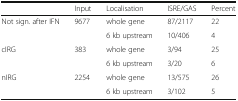
<table><thead><tr><td></td><td><b>Input</b></td><td><b>Localisation</b></td><td><b>ISRE/GAS</b></td><td><b>Percent</b></td></tr></thead><tbody><tr><td rowspan="2">Not sign. after IFN</td><td rowspan="2">9677</td><td>whole gene</td><td>87/2117</td><td>22</td></tr><tr><td>6 kb upstream</td><td>10/406</td><td>4</td></tr><tr><td>cIRG</td><td>383</td><td>whole gene</td><td>3/94</td><td>25</td></tr><tr><td></td><td></td><td>6 kb upstream</td><td>3/20</td><td>6</td></tr><tr><td>nIRG</td><td rowspan="2">2254</td><td>whole gene</td><td>13/575</td><td>26</td></tr><tr><td></td><td>6 kb upstream</td><td>3/102</td><td>5</td></tr></tbody></table>